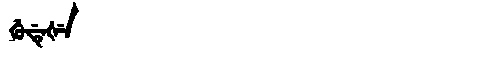
Manchu: ᡤᡠᡩᡝᡧᡝ
Romanization: GUDEŠE